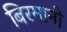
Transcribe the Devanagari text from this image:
बिरमानी